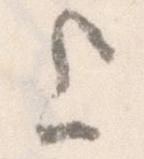
上